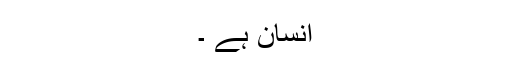
انسان ہے ۔